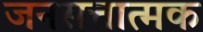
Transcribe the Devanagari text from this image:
जनसत्तात्मक